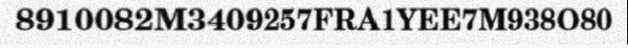
8910082M3409257FRA1YEE7M938O80